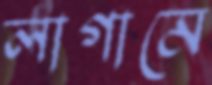
লাগামে